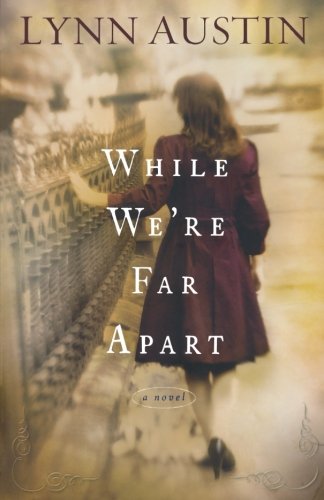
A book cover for While We're Far Apart; Lynn Austin; Religion & Spirituality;